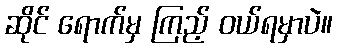
ဆိုင် ရောက်မှ ကြည့် ဝယ်ရမှာပဲ။